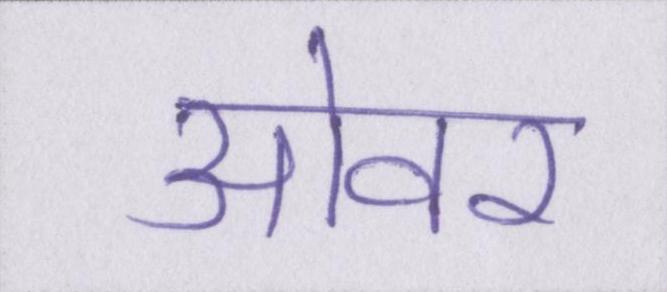
ओवर